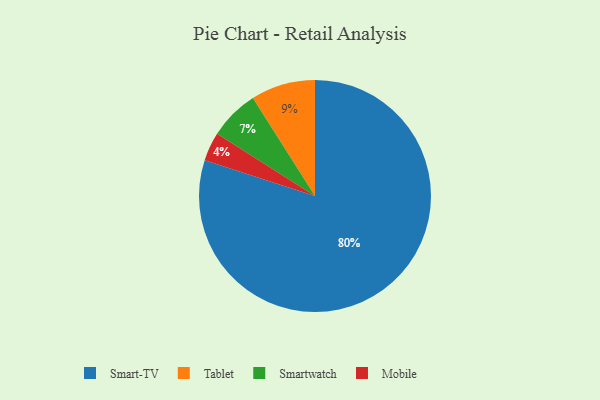
{"axis": {"x": "Category", "y": "Percentage"}, "legend": ["Mobile", "Smart-TV", "Smartwatch", "Tablet"], "data": [{"x": "Mobile", "y": 4, "type": "Mobile"}, {"x": "Smartwatch", "y": 7, "type": "Smartwatch"}, {"x": "Smart-TV", "y": 80, "type": "Smart-TV"}, {"x": "Tablet", "y": 9, "type": "Tablet"}]}